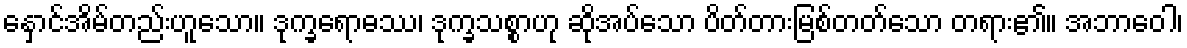
နှောင်အိမ်တည်းဟူသော။ ဒုက္ခရောဓဿ၊ ဒုက္ခသစ္စာဟု ဆိုအပ်သော ပိတ်တားမြစ်တတ်သော တရား၏။ အဘာဝေါ၊